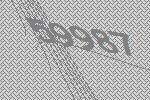
59987